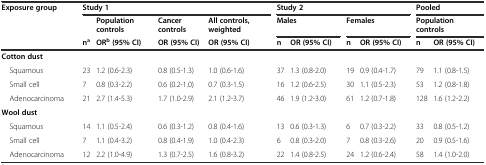
<table><thead><tr><td rowspan="3"><b>Exposure group</b></td><td colspan="4"><b>Study 1</b></td><td colspan="4"><b>Study 2</b></td><td colspan="2"><b>Pooled</b></td></tr><tr><td></td><td><b>Population controls</b></td><td><b>Cancer controls</b></td><td><b>All controls, weighted</b></td><td colspan="2"><b>Males</b></td><td colspan="2"><b>Females</b></td><td colspan="2"><b>Population controls</b></td></tr><tr><td><b>n<sup>a</sup></b></td><td><b>OR<sup>b</sup>(95% CI)</b></td><td><b>OR (95% CI)</b></td><td><b>OR (95% CI)</b></td><td><b>n</b></td><td><b>OR (95% CI)</b></td><td><b>n</b></td><td><b>OR (95% CI)</b></td><td><b>n</b></td><td><b>OR (95% CI)</b></td></tr></thead><tbody><tr><td><b>Cotton dust</b></td><td></td><td></td><td></td><td></td><td></td><td></td><td></td><td></td><td></td><td></td></tr><tr><td> Squamous</td><td>23</td><td>1.2 (0.6-2.3)</td><td>0.8 (0.5-1.3)</td><td>1.0 (0.6-1.6)</td><td>37</td><td>1.3 (0.8-2.0)</td><td>19</td><td>0.9 (0.4-1.7)</td><td>79</td><td>1.1 (0.8-1.5)</td></tr><tr><td> Small cell</td><td>7</td><td>0.8 (0.3-2.2)</td><td>0.6 (0.2-1.0)</td><td>0.7 (0.3-1.5)</td><td>16</td><td>1.2 (0.6-2.5)</td><td>30</td><td>1.1 (0.5-2.3)</td><td>53</td><td>1.2 (0.8-1.8)</td></tr><tr><td> Adenocarcinoma</td><td>21</td><td>2.7 (1.4-5.3)</td><td>1.7 (1.0-2.9)</td><td>2.1 (1.2-3.7)</td><td>46</td><td>1.9 (1.2-3.0)</td><td>61</td><td>1.2 (0.7-1.8)</td><td>128</td><td>1.6 (1.2-2.2)</td></tr><tr><td><b>Wool dust</b></td><td></td><td></td><td></td><td></td><td></td><td></td><td></td><td></td><td></td><td></td></tr><tr><td> Squamous</td><td>14</td><td>1.1 (0.5-2.4)</td><td>0.6 (0.3-1.2)</td><td>0.8 (0.4-1.6)</td><td>13</td><td>0.6 (0.3-1.3)</td><td>6</td><td>0.7 (0.3-2.2)</td><td>33</td><td>0.8 (0.5-1.2)</td></tr><tr><td> Small cell</td><td>7</td><td>1.1 (0.4-3.2)</td><td>0.8 (0.4-1.9)</td><td>1.0 (0.4-2.3)</td><td>6</td><td>0.8 (0.3-2.0)</td><td>7</td><td>0.8 (0.3-2.6)</td><td>20</td><td>0.9 (0.5-1.6)</td></tr><tr><td> Adenocarcinoma</td><td>12</td><td>2.2 (1.0-4.9)</td><td>1.3 (0.7-2.5)</td><td>1.6 (0.8-3.2)</td><td>22</td><td>1.4 (0.8-2.5)</td><td>24</td><td>1.2 (0.6-2.4)</td><td>58</td><td>1.4 (1.0-2.0)</td></tr></tbody></table>